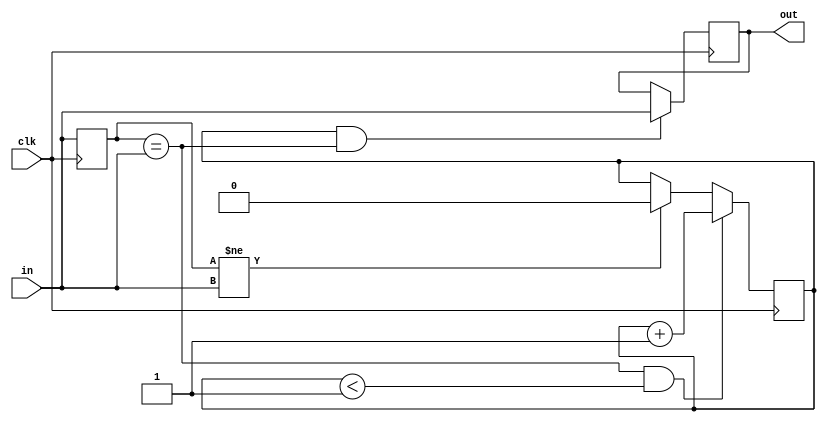
// 4109061012
module debouncing_circuit(
    input clk,
    input in,
    output reg out
    );

    reg prev_in;
    reg counter = 0;

    always @(posedge clk) begin
        prev_in <= in;
    end

    always @(posedge clk) begin
        if(prev_in == in && counter < 1)
            counter <= counter + 1;
        else if(prev_in != in)
            counter <= 0;
        else
            counter <= counter;
    end

    always @(posedge clk) begin
        if(counter == 1 && prev_in == in)
            out <= in;
        else
            out <= out;
    end
endmodule